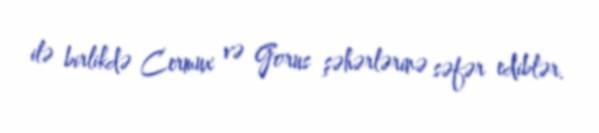
ilə birlikdə Cermux və Gorus şəhərlərinə səfər ediblər.